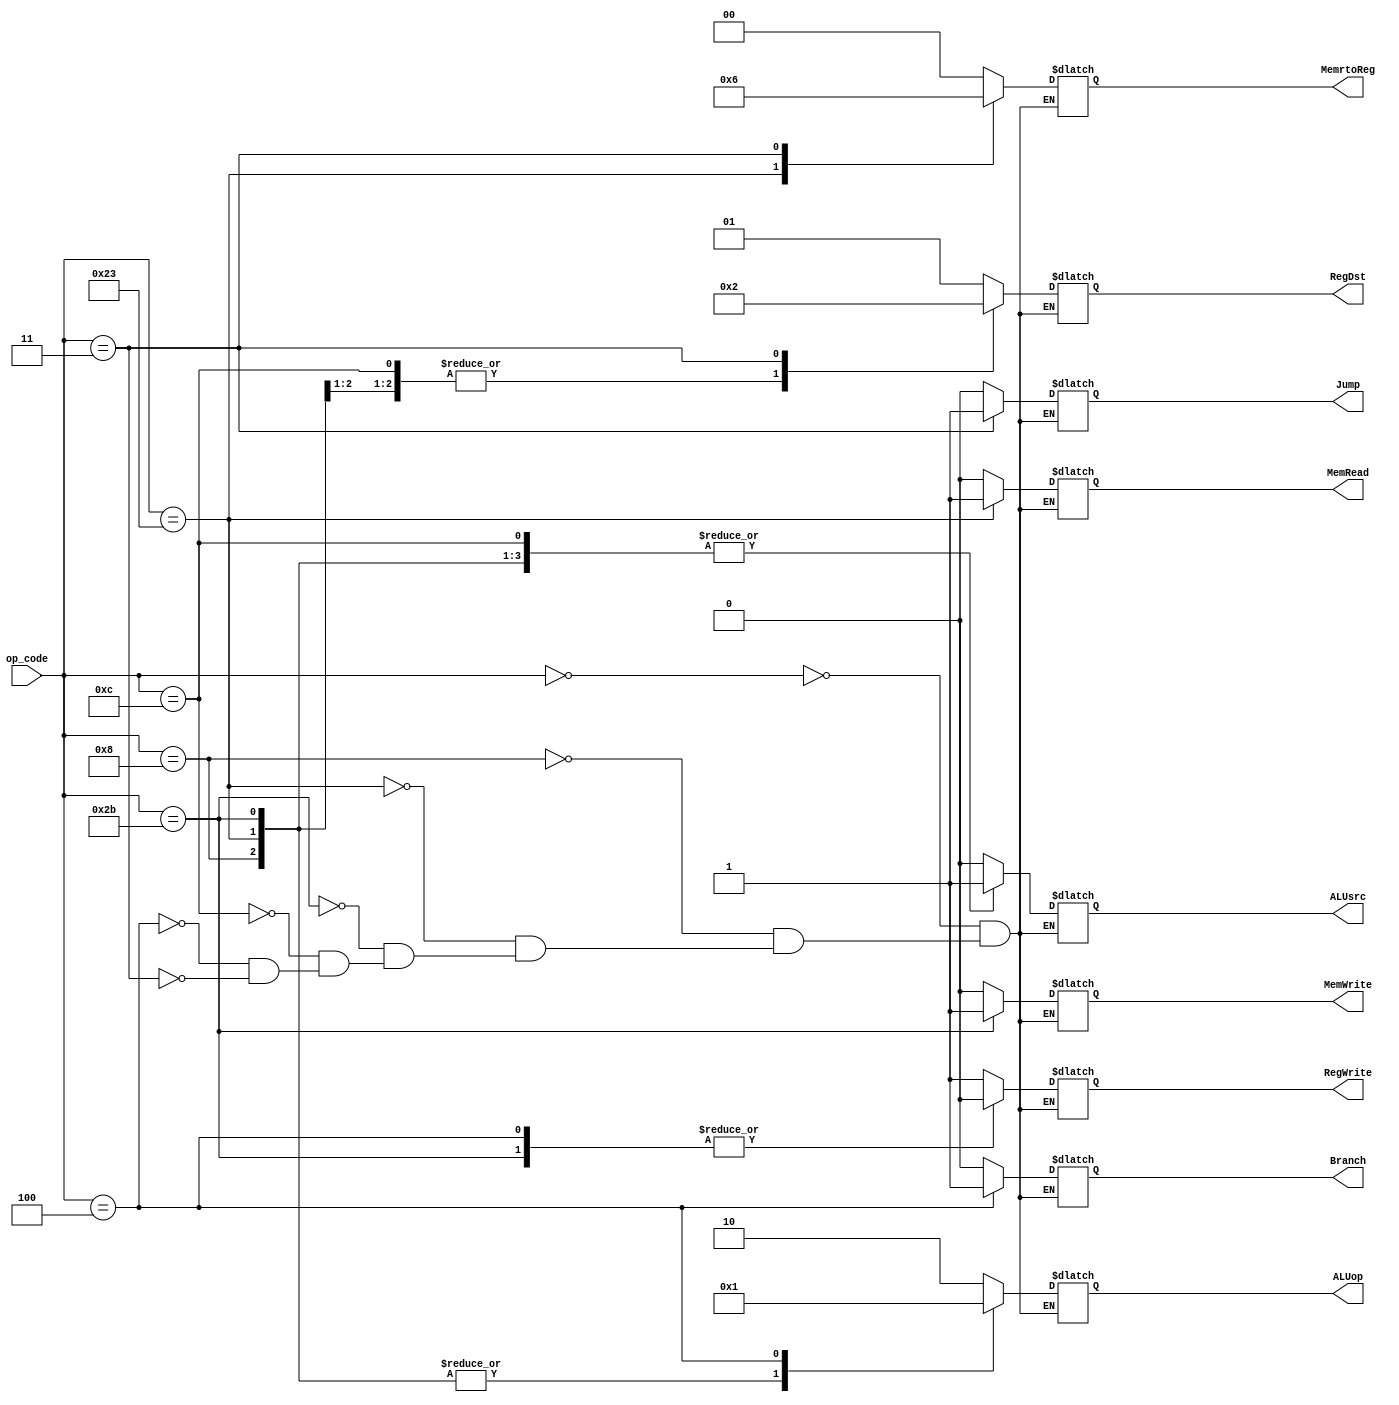
module ControlUnit(RegDst, Jump , Branch, MemRead, MemrtoReg, ALUop, MemWrite, ALUsrc, RegWrite, op_code);
	//JR & Jal are NOT SUPPORTED				
	input  [5:0]op_code; 
	
	output [1:0]RegDst;
	output Jump, Branch, MemRead, MemWrite, ALUsrc,RegWrite;
	output [1:0]MemrtoReg;
	output [1:0]ALUop;

	reg [1:0]RegDst;
	reg Jump;   
	reg [1:0]MemrtoReg;
	reg [1:0]ALUop;
	reg Branch,MemRead,MemWrite,ALUsrc,RegWrite;
	
	always @ (op_code)
		begin	
			case (op_code)  
				6'b000000 : begin #5   // R-Format instructions [add , and , nor, jr,slt,sll]
						RegDst<=2'b01;	  
		   				Jump<=1'b0;
		   				Branch<=1'b0;
		   				MemRead<=1'b0;
		   				MemrtoReg<=2'b00;
	       				ALUop<=2'b10;
   						MemWrite<=1'b0;
		   				ALUsrc<=1'b0;
		   				RegWrite<=1'b1;
					    end
					 
				6'b001000 : begin #5
						RegDst<=2'b00;	  // Addi (I format)
		   				Jump<=2'b00;
						Branch<=1'b0;
	  					MemRead<=1'b0;
		   				MemrtoReg<=2'b00;
	       				ALUop<=2'b00;
		   				MemWrite<=1'b0;
		   				ALUsrc<=1'b1;
		   				RegWrite<=1'b1;
		       			    end
				
				6'b100011 : begin  #5
						RegDst<=2'b00;	  // lw (I format)
		   				Jump<=2'b00;
		   				Branch<=1'b0;
		   				MemRead<=1'b1;
		   				MemrtoReg<=2'b01;
	       				ALUop<=2'b00;
		   				MemWrite<=1'b0;
		   				ALUsrc<=1'b1;
		   				RegWrite<=1'b1;
					    end
					
	 		   	6'b101011 : begin	#5
				   		RegDst<=2'bxx;	  // sw (I format)
		   				Jump<=2'b00;
		   				Branch<=1'b0;
		   				MemRead<=1'b0;
		   				MemrtoReg<=2'bxx;
	       				ALUop<=2'b00;
		   				MemWrite<=1'b1;
		   				ALUsrc<=1'b1;
		   				RegWrite<=1'b0;
		   			    end
				   
				6'b001100 : begin	 #5
						RegDst<=2'b00;	  // andi (I format)
		   				Jump<=2'b00;
		   				Branch<=1'b0;
		   				MemRead<=1'b0;
		   				MemrtoReg<=2'b00;
	       				ALUop<=2'b10;
		   				MemWrite<=1'b0;
		   				ALUsrc<=1'b1;
		   				RegWrite<=1'b1;
				  	    end
				
				6'b000100 : begin	   #5
						RegDst<=2'bxx;	  // beq (I format)
		   				Jump<=2'b00;
		   				Branch<=1'b1;
		   				MemRead<=1'b0;
		   				MemrtoReg<=2'bxx;
	       				ALUop<=2'b01;
		   				MemWrite<=1'b0;
		   				ALUsrc<=1'b0;
		   				RegWrite<=1'b0;
				    	    end
				
				6'b000011 : begin		#5
						RegDst<=2'b10;	  // jal (J format)
		   				Jump<=2'b01;
		   				Branch<=1'bx;
		   				MemRead<=1'b0;
		   				MemrtoReg<=2'b10;
	       				ALUop<=2'bxx;
		   				MemWrite<=1'b0;
		   				ALUsrc<=1'bx;
		   				RegWrite<=1'b1;
				  			end
				
							  
							  
			endcase
			
		end
endmodule

/* 	References
	==========
	# For Control signals or more datapath details ---> Textbook : Computer organization and design 5th ed 
	
	# For instructions OPCODE/FUNC/FORMAT
		WIKIPERIA ---> https://www.wikiwand.com/en/MIPS_instruction_set
	-----------------------------------------------------------------
	add , and , nor , jr , slt , sll  [R-Format] i.e OPCODE=0
	[opcodes in base 16] 
	addi   	8	
	lw 	 	 23
	sw	  2B
	andi  B
	beq	   4
	jal		3
	
*/